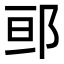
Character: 𮟷